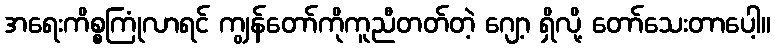
အရေးကိစ္စကြုံလာရင် ကျွန်တော်ကိုကူညီတတ်တဲ့ ဂျော့ ရှိလို့ တော်သေးတာပေါ့။